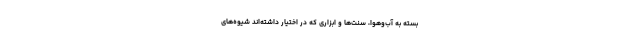
بسته به آب‌وهوا، سنت‌ها و ابزاری که در اختیار داشته‌اند شیوه‌های